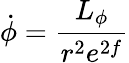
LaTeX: \dot{\phi}=\frac{L_{\phi}}{r^{2}e^{2f}}